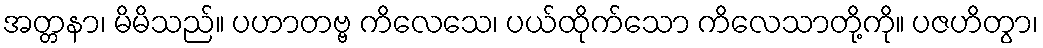
အတ္တနာ၊ မိမိသည်။ ပဟာတဗ္ဗ ကိလေသေ၊ ပယ်ထိုက်သော ကိလေသာတို့ကို။ ပဇဟိတွာ၊